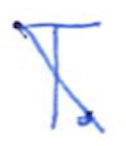
Text: T.
Cross-out: mix
Writing tool: ballpoint